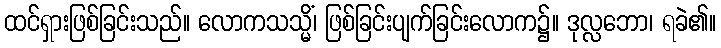
ထင်ရှားဖြစ်ခြင်းသည်။ လောကသသ္မိံ၊ ဖြစ်ခြင်းပျက်ခြင်းလောက၌။ ဒုလ္လဘော၊ ရခဲ၏။